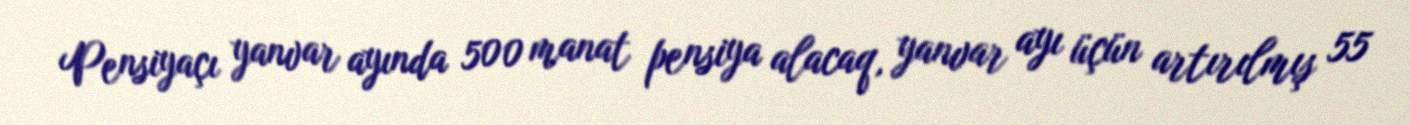
Pensiyaçı yanvar ayında 500 manat pensiya alacaq, yanvar ayı üçün artırılmış 55